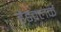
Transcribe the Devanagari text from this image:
हेडक्लर्क